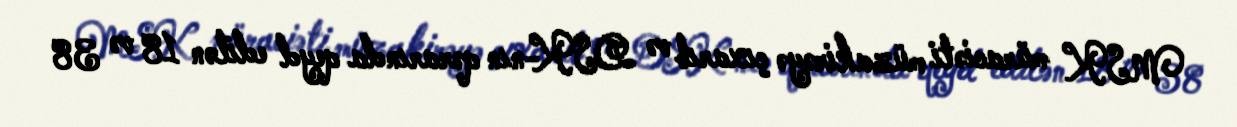
MSK müraciəti müzakirəyə çıxarıb və DSK-nın qərarında qeyd edilən 18 və 38